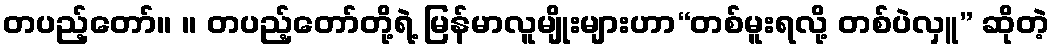
တပည့်တော်။ ။ တပည့်တော်တို့ရဲ့ မြန်မာလူမျိုးများဟာ“တစ်မူးရလို့ တစ်ပဲလှူ” ဆိုတဲ့